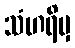
သံဟရိမှ